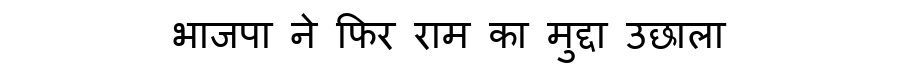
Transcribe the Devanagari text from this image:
भाजपा ने फिर राम का मुद्दा उछाला